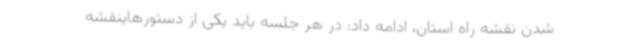
شدن نقشه راه استان، ادامه داد: در هر جلسه باید یکی از دستورهاینقشه